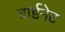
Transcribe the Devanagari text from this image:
बाईनेट